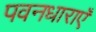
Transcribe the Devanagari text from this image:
पवनधाराएँ